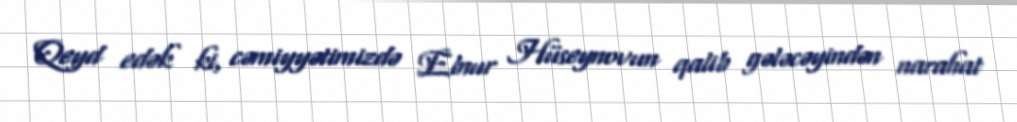
Qeyd edək ki, cəmiyyətimizdə Elnur Hüseynovun qalib gələcəyindən narahat